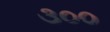
૩૦૦